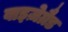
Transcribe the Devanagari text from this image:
वाइज़ेग्रैड